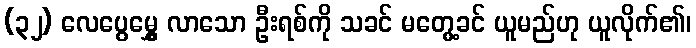
(၃၂) လေပွေမွှေ့ လာသော ဦးရစ်ကို သခင် မတွေ့ခင် ယူမည်ဟု ယူလိုက်၏၊